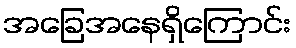
အခြေအနေရှိကြောင်း